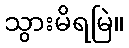
သွားမိရမြဲ။